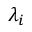
\lambda _ { i }